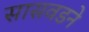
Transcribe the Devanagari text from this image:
सासवडने